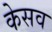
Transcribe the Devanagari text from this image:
केसव